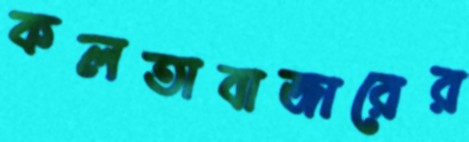
কলতাবাজারের